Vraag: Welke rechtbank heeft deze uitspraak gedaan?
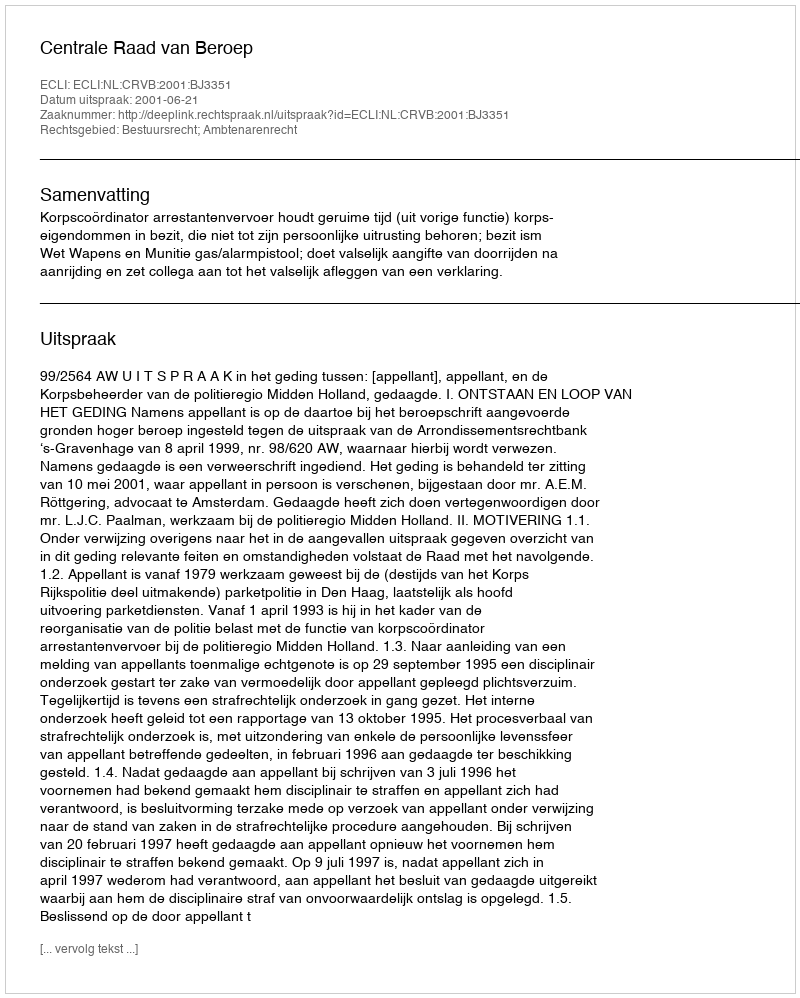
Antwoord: Centrale Raad van Beroep